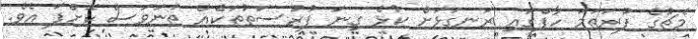
މެޗުގެ ފުރަތަމަ ހާފްގައި ރަނގަޅަށް ކުޅެ ގިނަ ފުރުސަތުތަކެއް ތަނަވަސް ކޮށްފަ އެވެ.